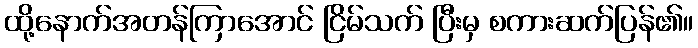
ထို့နောက်အတန်ကြာအောင် ငြိမ်သက် ပြီးမှ စကားဆက်ပြန်၏။